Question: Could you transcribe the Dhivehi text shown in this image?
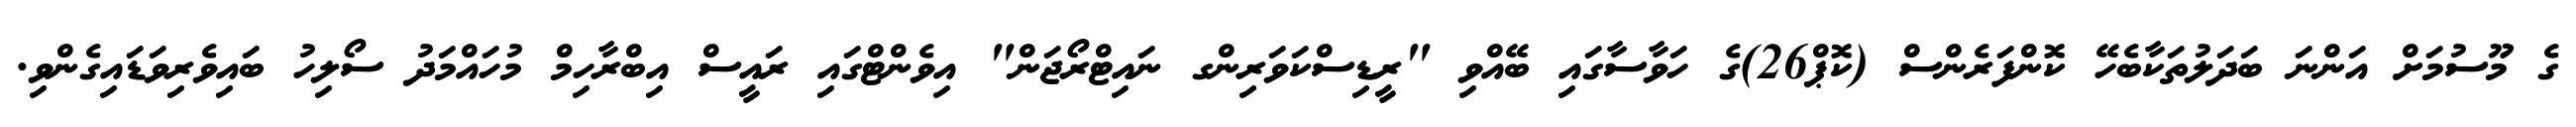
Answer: ގެ މޫސުމަށް އަންނަ ބަދަލުތަކާބެހޭ ކޮންފަރެންސް (ކޮޕް26)ގެ ހަވާސާގައި ބޭއްވި "ރީޑިސްކަވަރިންގ ނައިޓްރޯޖަން" އިވެންޓްގައި ރައީސް އިބްރާހިމް މުހައްމަދު ސޯލިހު ބައިވެރިވަޑައިގެންވި.